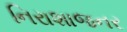
નિરાશાજનર